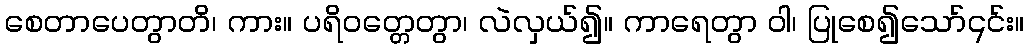
စေတာပေတွာတိ၊ ကား။ ပရိဝတ္တေတွာ၊ လဲလှယ်၍။ ကာရေတွာ ဝါ၊ ပြုစေ၍သော်၎င်း။